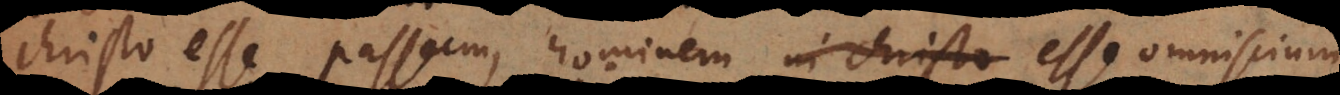
Christo esse passum, hominem in Christo esse omniscium